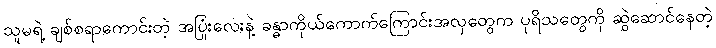
သူမရဲ့ ချစ်စရာကောင်းတဲ့ အပြုံးလေးနဲ့ ခန္ဓာကိုယ်ကောက်ကြောင်းအလှတွေက ပုရိသတွေကို ဆွဲဆောင်နေတဲ့